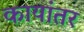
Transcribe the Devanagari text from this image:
कायांतर